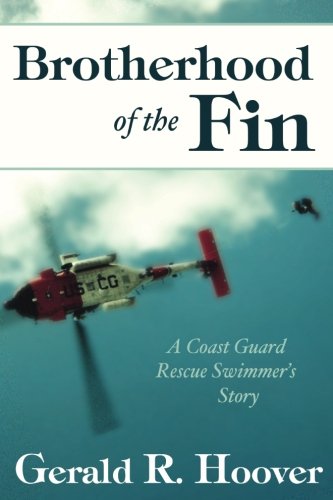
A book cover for Brotherhood of the Fin: A Coast Guard Rescue Swimmer's Story; Gerald R. Hoover; Science & Math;